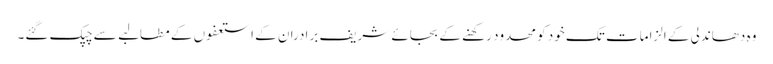
وہ دھاندلی کے الزامات تک خود کو محدود رکھنے کے بجائے شریف برادران کے استعفوں کے مطالبے سے چپک گئے۔